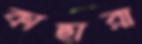
কাছারা